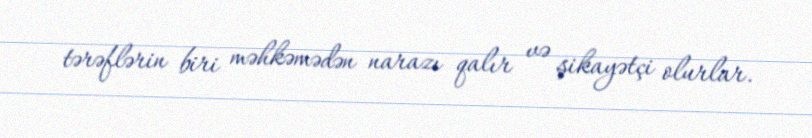
tərəflərin biri məhkəmədən narazı qalır və şikayətçi olurlar.